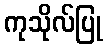
ကုသိုလ်ပြု